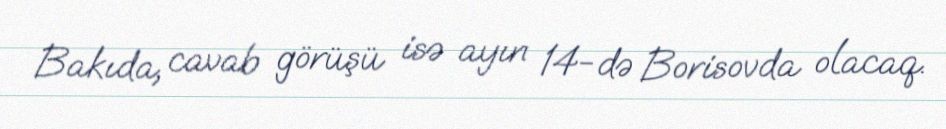
Bakıda, cavab görüşü isə ayın 14-də Borisovda olacaq.